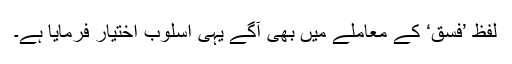
لفظ ’فِسْق‘ کے معاملے میں بھی آگے یہی اسلوب اختیار فرمایا ہے۔